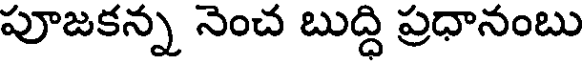
పూజకన్న నెంచ బుద్ధి ప్రధానంబు